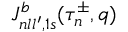
{ \cal J } _ { n l l ^ { \prime } , 1 s } ^ { b } ( \tau _ { n } ^ { \pm } , q )